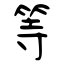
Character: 等